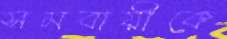
সমবায়ীকে